Report of the Indian Hemp Drugs Commission, 1894-1895 - Volume VII
Year: 1894
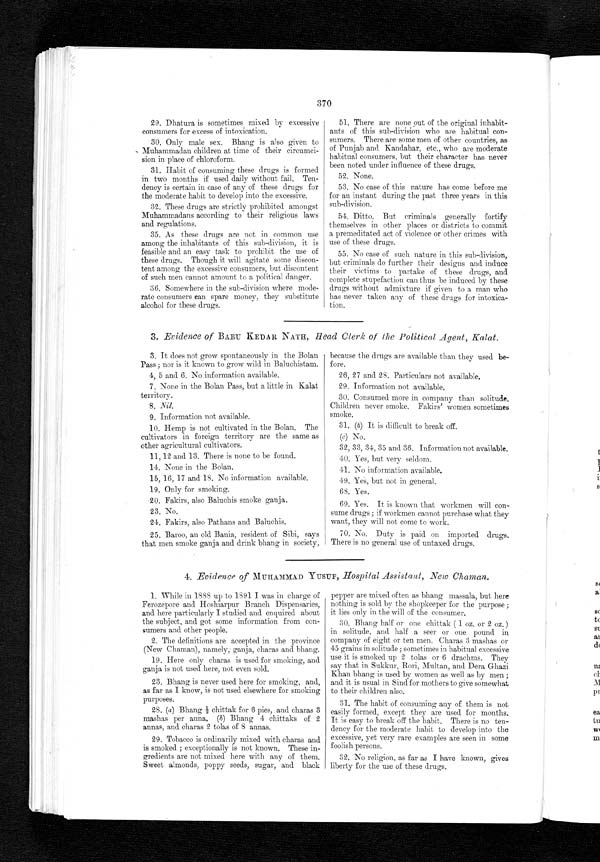
370
29.Dhatura is sometimes mixed by excessive
consumers for excess of intoxication.
30.Only male sex. Bhang is also given to
Muhammadan children at time of their circumci-
sion in place of chloroform.
31.Habit of consuming these drugs is formed
in two months if used daily without fail. Ten-
dency is certain in case of any of these drugs for
the moderate habit to develop into the excessive.
32.These drugs are strictly prohibited amongst
Muhammadans according to their religious laws
and regulations.
35.As these drugs are not in common use
among the inhabitants of this sub-division, it is
feasible and an easy task to prohibit the use of
these drugs. Though it will agitate some discon-
tent among the excessive consumers, but discontent
of such men cannot amount to a political danger.
36.Somewhere in the sub-division where mode-
rate consumers can spare money, they substitute
alcohol for these drugs.
51.There are none out of the original inhabit-
ants of this sub-division who are habitual con-
sumers. There are some men of other countries, as
of Punjab and Kandahar, etc., who are moderate
habitual consumers, but their character has never
been noted under influence of these drugs.
52.None.
53.No case of this nature has come before me
for an instant during the past three years in this
sub-division.
54.Ditto. But criminals generally fortify
themselves in other places or districts to commit
a premeditated act of violence or other crimes with
use of these drugs.
55.No case of such nature in this sub-division,
but criminals do further their designs and induce
their victims to partake of these drugs, and
complete stupefaction can thus be induced by these
drugs without admixture if given to a man who
has never taken any of these drugs for intoxica-
tion.
3. Evidence of BABU KEDAR NATH, Head Clerk of the Political Agent, Kalat.
3. It does not grow spontaneously in the Bolan
Pass ; nor is it known to grow wild in Baluchistam.
4, 5 and 6. No information available.
7. None in the Bolan Pass, but a little in Kalat
territory.
8. Nil.
9. Information not available.
10. Hemp is not cultivated in the Bolan. The
cultivators in foreign territory are the same as
o t h e r a g r i c u l t u r a l c u l t i v a t o r s .
11.
, 12 and 13. There is none to be found
.
14. None in the Bolan.
15, 16, 17 and 18. No information available.
19.Only for smoking.
20.Fakirs, also Baluchis smoke ganja.
23. No.
24.Fakirs, also Pathans and Baluchis.
25. Baroo, an old Bania, resident of Sibi, says
that men smoke ganja and drink bhang in society,
because the drugs are available than they used be-
fore.
26, 27 and 28. Particulars not available.
29.Information not available.
30.Consumed more in company than solitude.
Children never smoke. Fakirs' women sometimes
smoke.
31. (b) It is difficult to break off.
(c) No.
3 2 , 3 3 , 3 4 , 3 5 , a n d 3 6 I n f o r m a t i o n n o t a v a i l a b l e .
40.Yes, but very seldom.
41.No information available.
49. Yes, but not in general.
68.Yes.
69.Yes. It is known that workmen will con-
sume drugs ; if workmen cannot purchase what they want, they will not come to work.
70.No. Duty is paid on imported drugs.
There is no general use of untaxed drugs.
4. Evidence of MUHAMMAD YUSUF, Hospital Assistant, New Chaman.
1.While in 1888 up to 1891 I was in charge of
Ferozepore and Hoshiarpur Branch Dispensaries,
and here particularly I studied and enquired about
the subject, and got some information from con-
sumers and other people.
2.The definitions are accepted in the province
(New Chaman), namely ; ganja, charas and bhang.
19. Here only charas is used for smoking, and
ganja is not used here, not even sold.
23. Bhang is never used here for smoking, and,
as far as I know, is not used elsewhere for smoking
purposes.
2S. (a) B h a n g ½ c h i t t a k f o r 6 p i e s , a n d c h a r a s 3
mashas per anna. (b) Bhang 4 chittaks of 2
annas, and charas 2 tolas of 8 annas.
29. Tobacco is ordinarily mixed with charas and
is smoked ; exceptionally is not known. These in-
gredients are not mixed here with any of them.
Sweet almonds, poppy seeds, sugar, and black
pepper are mixed often as bhang massala, but here
nothing is sold by the shopkeeper for the purpose ;
it lies only in the will of the consumer.
30.Bhang half or one chittak ( 1 oz. or 2 oz. )
in solitude, and half a seer or one pound in
company of eight or ten men. Chains 3 mashas or
45 grains in solitude ; sometimes in habitual excessive
use it is smoked up 2 tolas or 6 drachms. They
say that in Sukkur, Rori, Multan, and Dera Ghazi
Khan bhang is used by women as well as by men ;
and it is usual in Sind for mothers to give somewhat
to their children also.
31.The habit of consuming any of them is not
easily formed, except they are used for months.
It is easy to break off the habit. There is no ten-
dency for the moderate habit to develop into the
excessive, yet very rare examples are seen in some
foolish persons.
32.No religion, as far as I have known, gives
liberty for the use of these drugs.